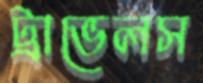
ট্রাভেলস